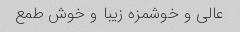
عالی و خوشمزه زیبا و خوش طمع